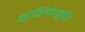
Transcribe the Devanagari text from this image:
काशिकावृति